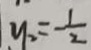
y _ { 2 } = - \frac { 1 } { 2 }